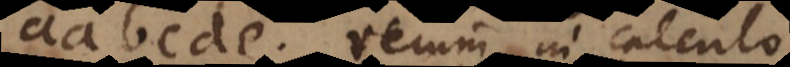
aabcde. Verum in calculo